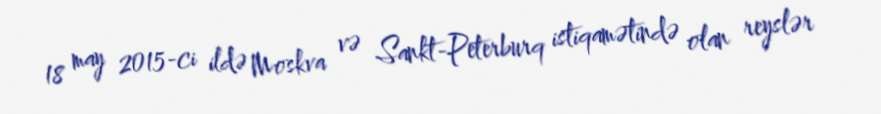
18 may 2015-ci ildə Moskva və Sankt-Peterburq istiqamətində olan reyslər